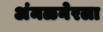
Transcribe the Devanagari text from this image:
अंमळनेरला